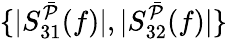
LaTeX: \{ |S_{31}^{\bar{\mathcal{P}}}(f)|,|S_{32}^{\bar{\mathcal{P}}}(f)|\}